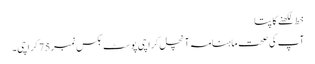
خط لکھنے کا پتا
آپ کی صحت ماہنامہ آنچل کراچی پوسٹ بکس نمبر75 کراچی۔